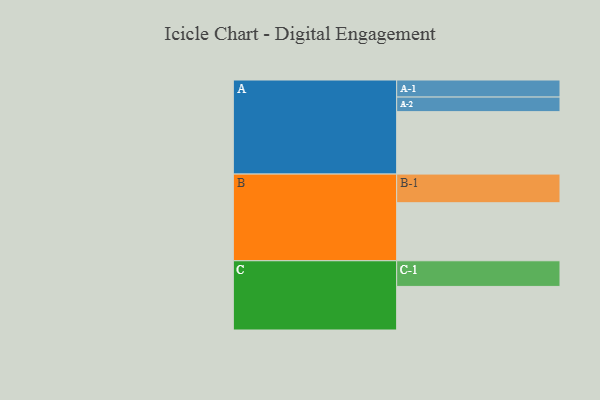
{"axis": {"x": "Segment", "y": "Value"}, "legend": ["", "A", "B", "C"], "data": [{"x": "A", "y": 523, "type": ""}, {"x": "B", "y": 486, "type": ""}, {"x": "C", "y": 365, "type": ""}, {"x": "A-1", "y": 143, "type": "A"}, {"x": "A-2", "y": 122, "type": "A"}, {"x": "B-1", "y": 240, "type": "B"}, {"x": "C-1", "y": 215, "type": "C"}]}